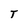
Character: T